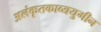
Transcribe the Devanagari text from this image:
अलंकृतकाव्ययुगीन